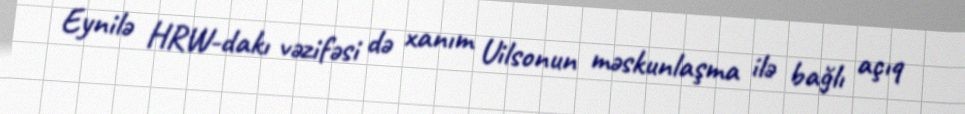
Eynilə HRW-dakı vəzifəsi də xanım Uilsonun məskunlaşma ilə bağlı açıq